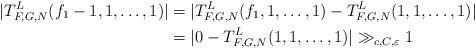
LaTeX: \begin{align*}\vert T_{F,G,N}^L(f_1-1,1,\dots,1)\vert &= \vert T_{F,G,N}^L(f_1,1,\dots,1) - T_{F,G,N}^L(1,1,\dots,1)\vert\\& = \vert 0 - T_{F,G,N}^L(1,1,\dots,1)\vert\gg_{c,C,\varepsilon} 1\end{align*}